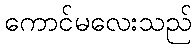
ကောင်မလေးသည်